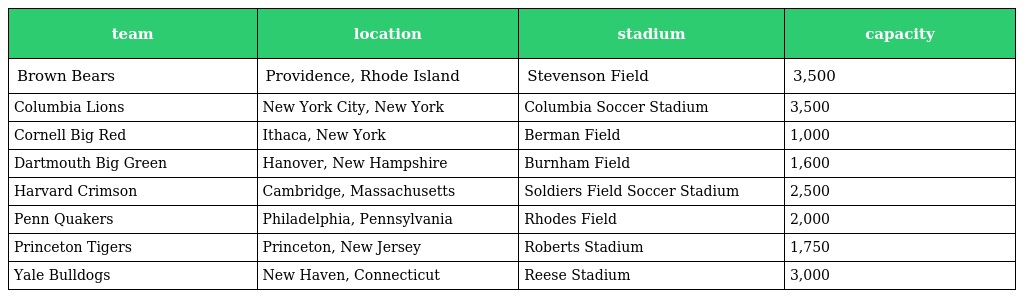
| team | location | stadium | capacity |
 | --- | --- | --- | --- |
 | Brown Bears | Providence, Rhode Island | Stevenson Field | 3,500 |
 | Columbia Lions | New York City, New York | Columbia Soccer Stadium | 3,500 |
 | Cornell Big Red | Ithaca, New York | Berman Field | 1,000 |
 | Dartmouth Big Green | Hanover, New Hampshire | Burnham Field | 1,600 |
 | Harvard Crimson | Cambridge, Massachusetts | Soldiers Field Soccer Stadium | 2,500 |
 | Penn Quakers | Philadelphia, Pennsylvania | Rhodes Field | 2,000 |
 | Princeton Tigers | Princeton, New Jersey | Roberts Stadium | 1,750 |
 | Yale Bulldogs | New Haven, Connecticut | Reese Stadium | 3,000 |